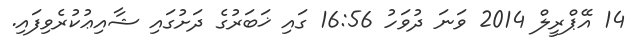
14 އޭޕްރީލް 2014 ވަނަ ދުވަހު 16:56 ގައި ޚަބަރުގެ ދަށުގައި ޝާއިޢުކުރެވިފައި.